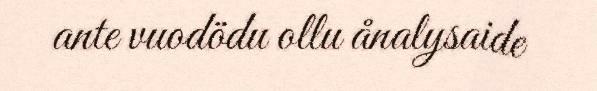
ante vuodödu ollu ånalysaide